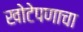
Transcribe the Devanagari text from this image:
खोटेपणाचा